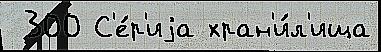
 300 С'е́р'иjа хран'и́л'ища